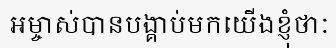
អម្ចាស់បានបង្គាប់មកយើងខ្ញុំថាៈ